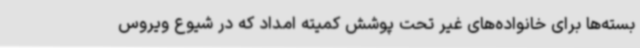
بسته‌ها برای خانواده‌های غیر تحت پوشش کمیته امداد که در شیوع ویروس